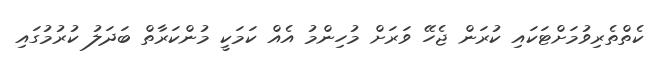
ކެތްތެރިވުމަށްޓަކައި ކުރަން ޖެހޭ ވަރަށް މުހިންމު އެއް ކަމަކީ މުންކަރާތް ބަދަލު ކުރުމުގައި